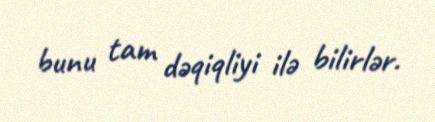
bunu tam dəqiqliyi ilə bilirlər.